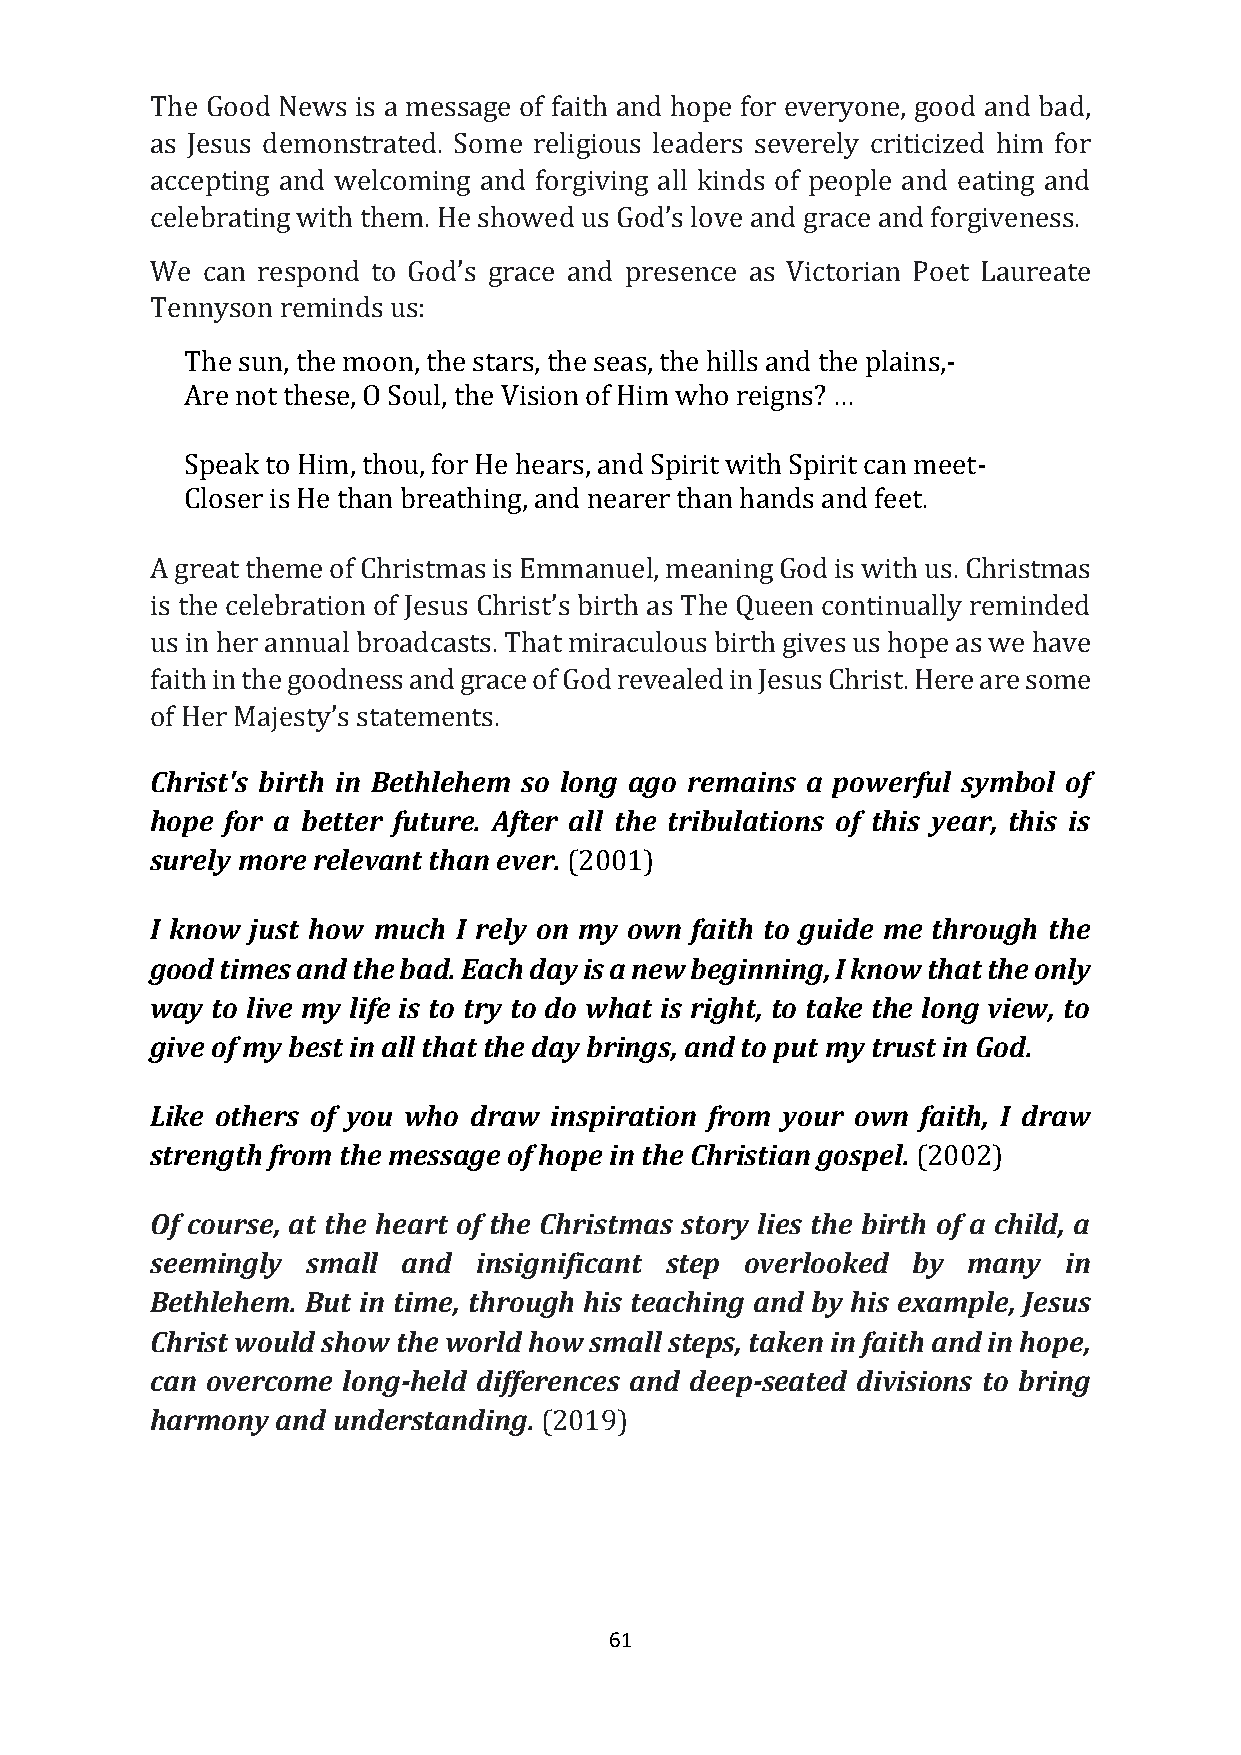
The Good News is a message of faith and hope for everyone, good and bad,
 as Jesus demonstrated. Some religious leaders severely criticized him for
 accepting and welcoming and forgiving all kinds of people and eating and
 celebrating with them. He showed us God’s love and grace and forgiveness.
 We can respond to God’s grace and presence as Victorian Poet Laureate
 Tennyson reminds us:
 The sun, the moon, the stars, the seas, the hills and the plains,-
 Are not these, O Soul, the Vision of Him who reigns? …
 Speak to Him, thou, for He hears, and Spirit with Spirit can meet-
 Closer is He than breathing, and nearer than hands and feet.
 A great theme of Christmas is Emmanuel, meaning God is with us. Christmas
 is the celebration of Jesus Christ’s birth as The Queen continually reminded
 us in her annual broadcasts. That miraculous birth gives us hope as we have
 faith in the goodness and grace of God revealed in Jesus Christ. Here are some
 of Her Majesty’s statements.
 Christ's birth in Bethlehem so long ago remains a powerful symbol of
 hope for a better future. After all the tribulations of this year, this is
 surely more relevant than ever. (2001)
 I know just how much I rely on my own faith to guide me through the
 good times and the bad. Each day is a new beginning, I know that the only
 way to live my life is to try to do what is right, to take the long view, to
 give of my best in all that the day brings, and to put my trust in God.
 Like others of you who draw inspiration from your own faith, I draw
 strength from the message of hope in the Christian gospel. (2002)
 Of course, at the heart of the Christmas story lies the birth of a child, a
 seemingly small  and  insignificant step overlooked by many in
 Bethlehem. But in time, through his teaching and by his example, Jesus
 Christ would show the world how small steps, taken in faith and in hope,
 can overcome long-held differences and deep-seated divisions to bring
 harmony and understanding. (2019)
 61